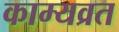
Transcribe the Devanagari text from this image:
काम्यव्रत